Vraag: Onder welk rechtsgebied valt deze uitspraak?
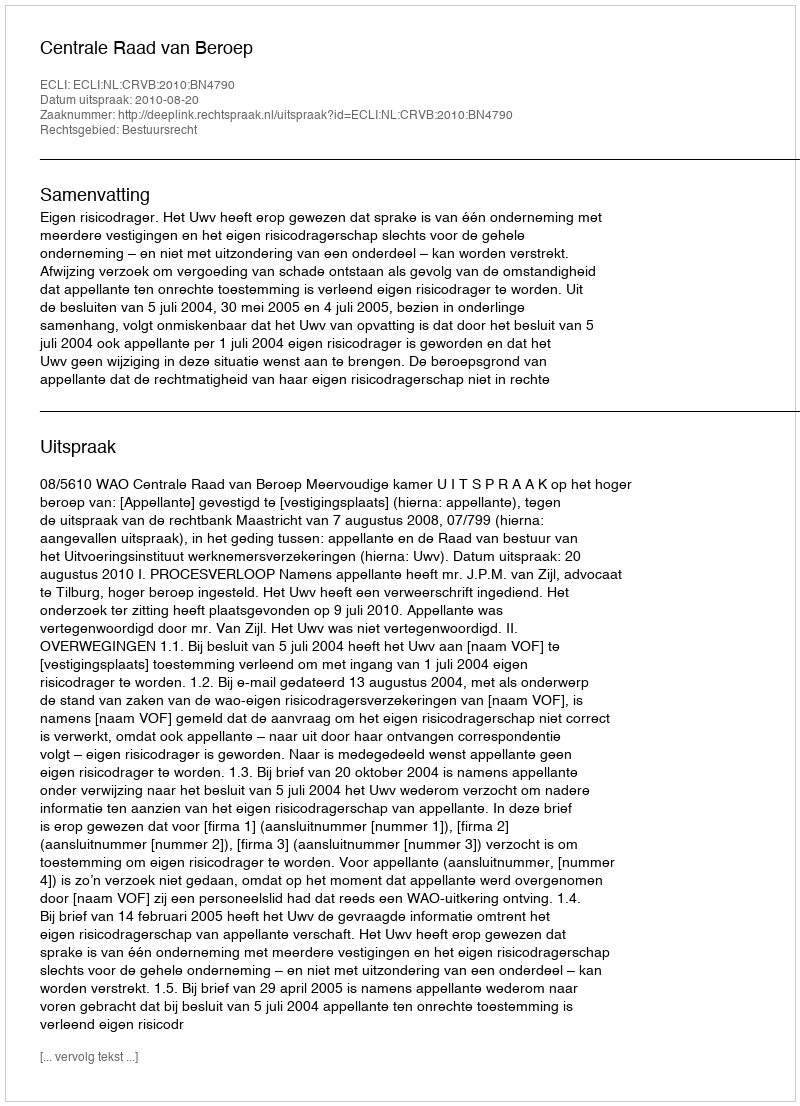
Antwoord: Bestuursrecht